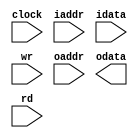
// 
//
// 4bit 1128
// 1
// 32
// 2
// clock: 
// iaddr: 
// idata: 
// wr:    
// oaddr: 
// odata: 
// rd:    
module imem(input          clock,
	    input [6:0]    iaddr,
	    input [3:0]    idata,
	    input 	   wr,
	    input [1:0]    oaddr,
	    output [127:0] odata,
	    input 	   rd);

   reg [127:0] 		 memblock[0:3];
   reg [127:0] 		 tmp_out;
   wire 		 ibank = iaddr[6:5];
   always @ ( posedge clock ) begin
      if ( wr ) begin
	 case ( iaddr[4:0] )
	   5'd00: memblock[ibank][  3:  0] <= idata;
	   5'd01: memblock[ibank][  7:  4] <= idata;
	   5'd02: memblock[ibank][ 11:  8] <= idata;
	   5'd03: memblock[ibank][ 15: 12] <= idata;
	   5'd04: memblock[ibank][ 19: 16] <= idata;
	   5'd05: memblock[ibank][ 23: 20] <= idata;
	   5'd06: memblock[ibank][ 27: 24] <= idata;
	   5'd07: memblock[ibank][ 31: 28] <= idata;
	   5'd08: memblock[ibank][ 35: 32] <= idata;
	   5'd09: memblock[ibank][ 39: 36] <= idata;
	   5'd10: memblock[ibank][ 43: 40] <= idata;
	   5'd11: memblock[ibank][ 47: 44] <= idata;
	   5'd12: memblock[ibank][ 51: 48] <= idata;
	   5'd13: memblock[ibank][ 55: 52] <= idata;
	   5'd14: memblock[ibank][ 59: 56] <= idata;
	   5'd15: memblock[ibank][ 63: 60] <= idata;
	   5'd16: memblock[ibank][ 67: 64] <= idata;
	   5'd17: memblock[ibank][ 71: 68] <= idata;
	   5'd18: memblock[ibank][ 75: 72] <= idata;
	   5'd19: memblock[ibank][ 79: 76] <= idata;
	   5'd20: memblock[ibank][ 83: 80] <= idata;
	   5'd21: memblock[ibank][ 87: 84] <= idata;
	   5'd22: memblock[ibank][ 91: 88] <= idata;
	   5'd23: memblock[ibank][ 95: 92] <= idata;
	   5'd24: memblock[ibank][ 99: 96] <= idata;
	   5'd25: memblock[ibank][103:100] <= idata;
	   5'd26: memblock[ibank][107:104] <= idata;
	   5'd27: memblock[ibank][111:108] <= idata;
	   5'd28: memblock[ibank][115:112] <= idata;
	   5'd29: memblock[ibank][119:116] <= idata;
	   5'd30: memblock[ibank][123:120] <= idata;
	   5'd31: memblock[ibank][127:124] <= idata;
	 endcase
      end // if ( wr )
      else if ( rd ) begin
	 tmp_out <= memblock[oaddr];
      end
   end // always @ ( posedge clock )

   assign out = tmp_out;

endmodule